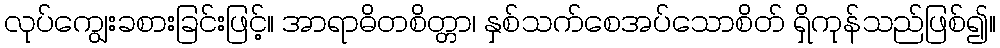
လုပ်ကျွေးခစားခြင်းဖြင့်။ အာရာဓိတစိတ္တာ၊ နှစ်သက်စေအပ်သောစိတ် ရှိကုန်သည်ဖြစ်၍။